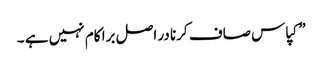
”کپاس صاف کرنا در اصل برا کام نہیں ہے ۔